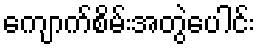
ကျောက်စိမ်းအတွဲပေါင်း